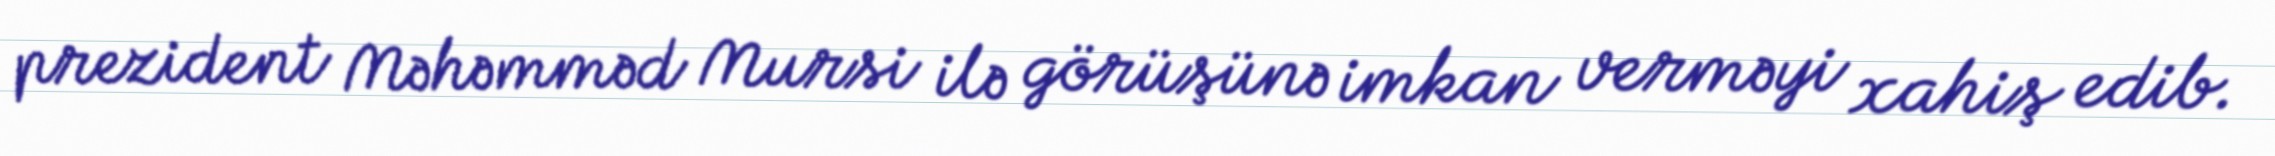
prezident Məhəmməd Mursi ilə görüşünə imkan verməyi xahiş edib.